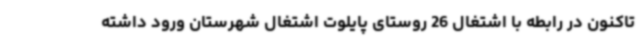
تاکنون در رابطه با اشتغال 26 روستای پایلوت اشتغال شهرستان ورود داشته